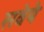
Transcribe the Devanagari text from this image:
सवेये